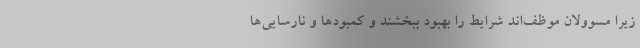
زیرا مسوولان موظف‌اند شرایط را بهبود ببخشند و کمبودها و نارسایی‌ها